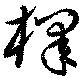
槹